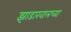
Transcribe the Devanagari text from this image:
झाडाखालच्या